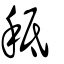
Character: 秪